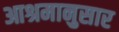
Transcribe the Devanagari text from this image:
आश्रमानुसार